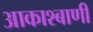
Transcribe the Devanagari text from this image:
आकाश्बाणी